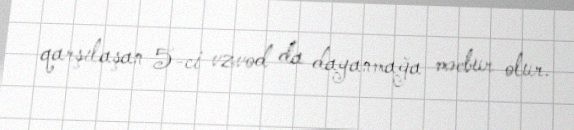
qarşılaşan 5-ci vzvod da dayanmağa məcbur olur.